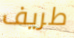
طريف